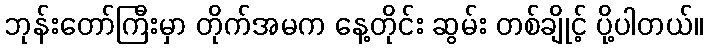
ဘုန်းတော်ကြီးမှာ တိုက်အမက နေ့တိုင်း ဆွမ်း တစ်ချိုင့် ပို့ပါတယ်။